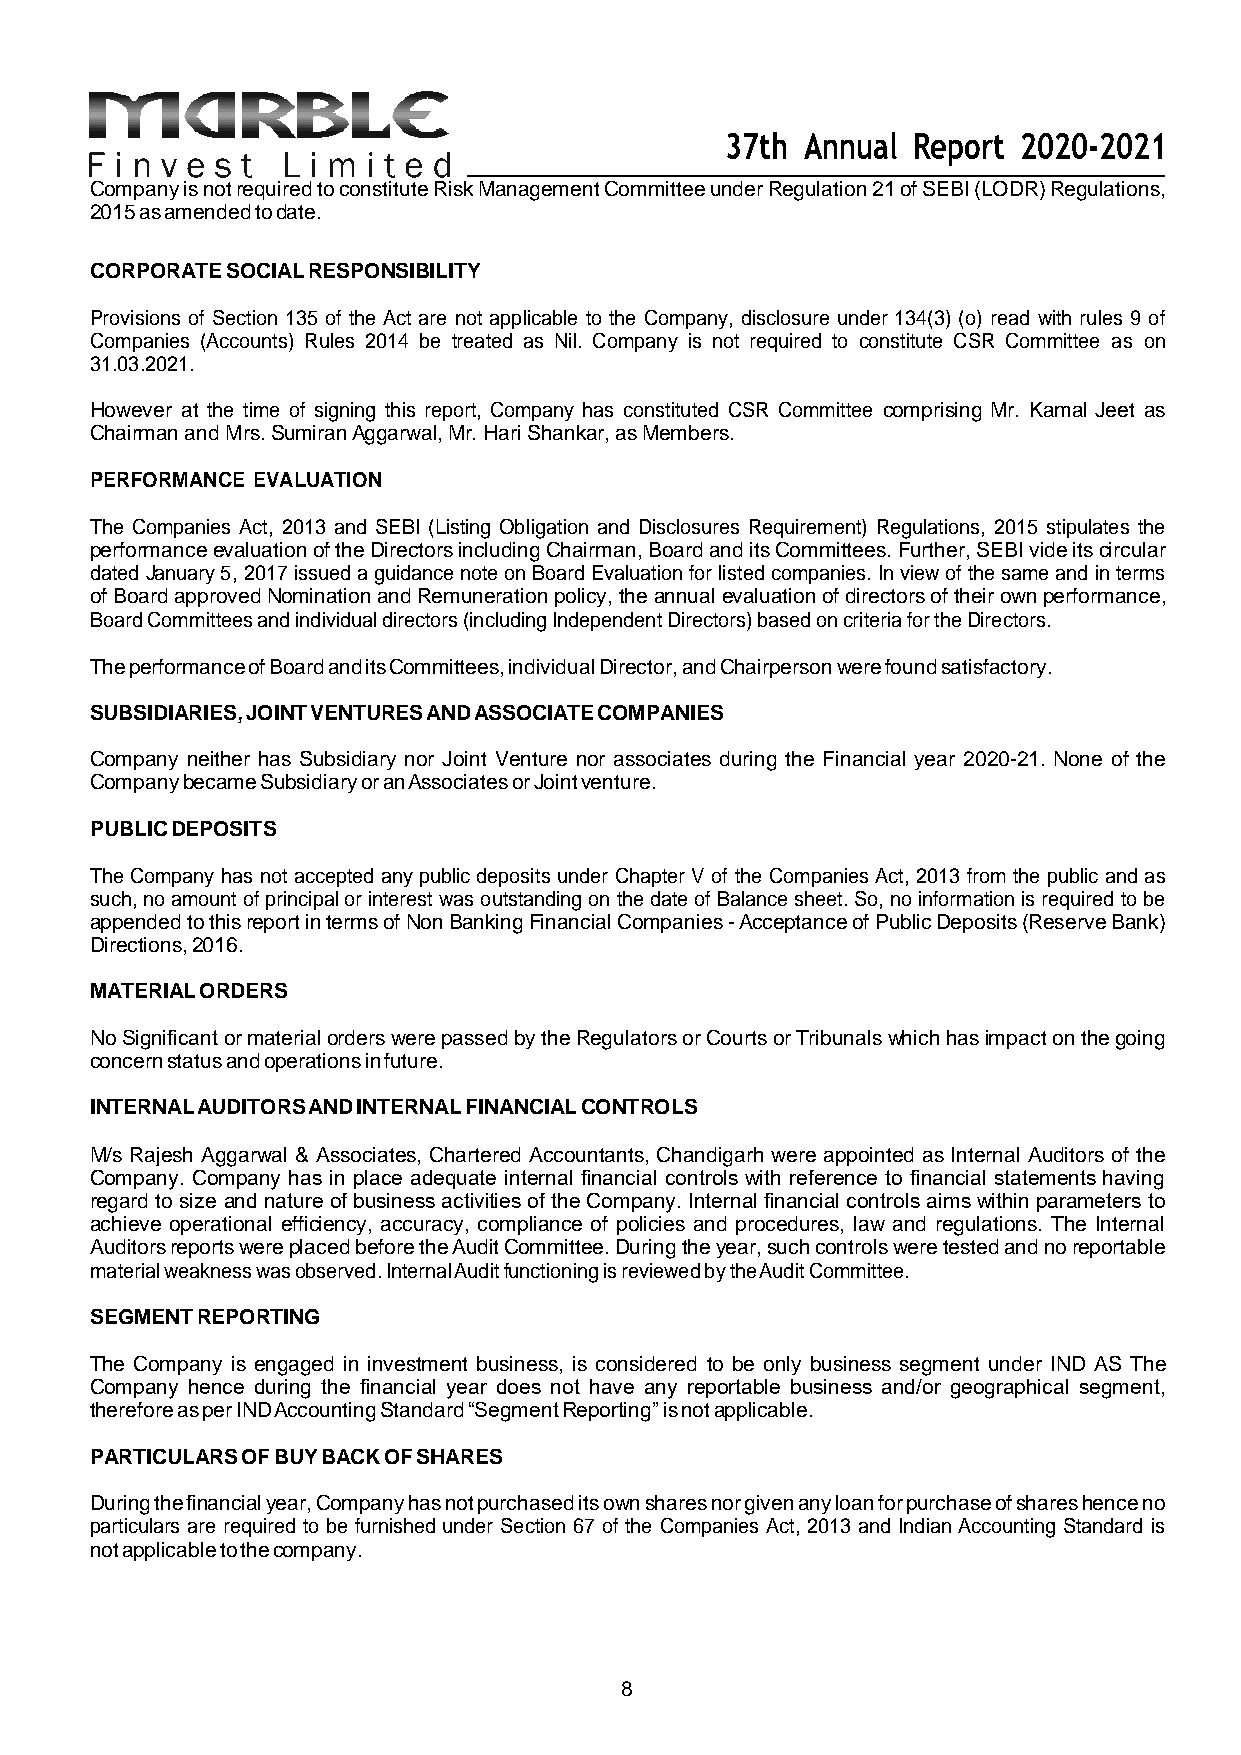
37th Annual Report 2020-2021
 Company is not required to constitute Risk Management Committee under Regulation 21 of SEBI (LODR) Regulations,
 2015 as amended to date.
 CORPORATE SOCIAL RESPONSIBILITY
 Provisions of Section 135 of the Act are not applicable to the Company, disclosure under 134(3) (o) read with rules 9 of
 Companies (Accounts) Rules 2014 be treated as Nil. Company is not required to constitute CSR Committee as on
 31.03.2021.
 However at the time of signing this report, Company has constituted CSR Committee comprising Mr. Kamal Jeet as
 Chairman and Mrs. Sumiran Aggarwal, Mr. Hari Shankar, as Members.
 PERFORMANCE EVALUATION
 The Companies Act, 2013 and SEBI (Listing Obligation and Disclosures Requirement) Regulations, 2015 stipulates the
 performance evaluation of the Directors including Chairman, Board and its Committees. Further, SEBI vide its circular
 dated January 5, 2017 issued a guidance note on Board Evaluation for listed companies. In view of the same and in terms
 of Board approved Nomination and Remuneration policy, the annual evaluation of directors of their own performance,
 Board Committees and individual directors (including Independent Directors) based on criteria for the Directors.
 The performance of Board and its Committees, individual Director, and Chairperson were found satisfactory.
 SUBSIDIARIES, JOINT VENTURES AND ASSOCIATE COMPANIES
 Company neither has Subsidiary nor Joint Venture nor associates during the Financial year 2020-21. None of the
 Company became Subsidiary or an Associates or Joint venture.
 PUBLIC DEPOSITS
 The Company has not accepted any public deposits under Chapter V of the Companies Act, 2013 from the public and as
 such, no amount of principal or interest was outstanding on the date of Balance sheet. So, no information is required to be
 appended to this report in terms of Non Banking Financial Companies - Acceptance of Public Deposits (Reserve Bank)
 Directions, 2016.
 MATERIAL ORDERS
 No Significant or material orders were passed by the Regulators or Courts or Tribunals which has impact on the going
 concern status and operations in future.
 INTERNAL AUDITORS AND INTERNAL FINANCIAL CONTROLS
 M/s Rajesh Aggarwal & Associates, Chartered Accountants, Chandigarh were appointed as Internal Auditors of the
 Company. Company has in place adequate internal financial controls with reference to financial statements having
 regard to size and nature of business activities of the Company. Internal financial controls aims within parameters to
 achieve operational efficiency, accuracy, compliance of policies and procedures, law and regulations. The Internal
 Auditors reports were placed before the Audit Committee. During the year, such controls were tested and no reportable
 material weakness was observed. Internal Audit functioning is reviewed by the Audit Committee.
 SEGMENT REPORTING
 The Company is engaged in investment business, is considered to be only business segment under IND AS The
 Company hence during the financial year does not have any reportable business and/or geographical segment,
 therefore as per IND Accounting Standard “Segment Reporting” is not applicable.
 PARTICULARS OF BUY BACK OF SHARES
 During the financial year, Company has not purchased its own shares nor given any loan for purchase of shares hence no
 particulars are required to be furnished under Section 67 of the Companies Act, 2013 and Indian Accounting Standard is
 not applicable to the company.
 8